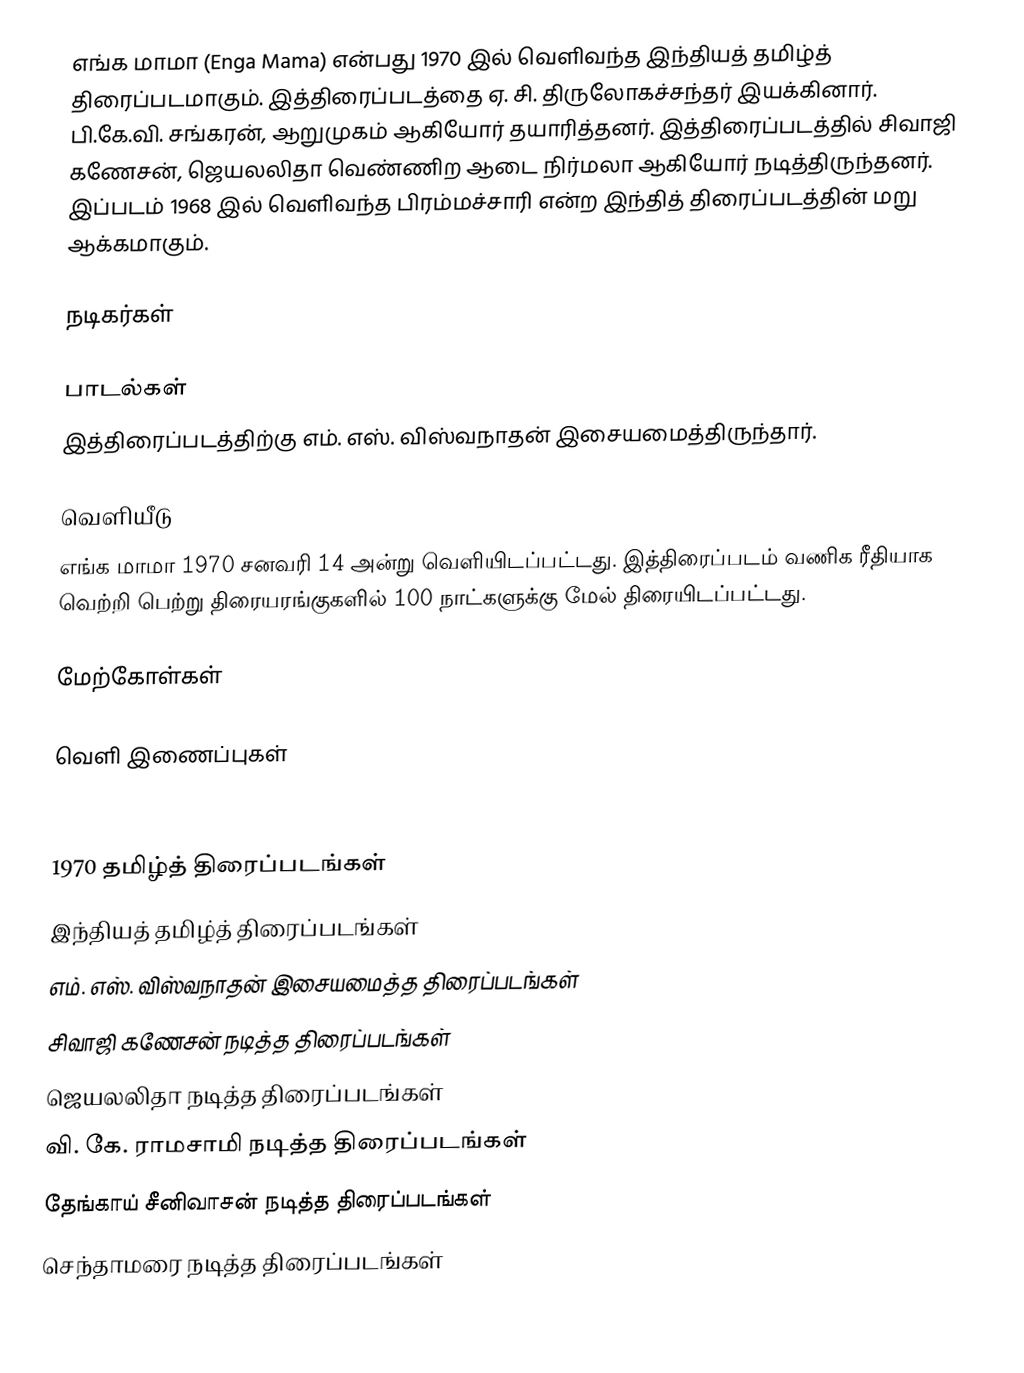
எங்க மாமா (Enga Mama) என்பது 1970 இல் வெளிவந்த இந்தியத் தமிழ்த் திரைப்படமாகும். இத்திரைப்படத்தை ஏ. சி. திருலோகச்சந்தர் இயக்கினார்.  பி.கே.வி. சங்கரன், ஆறுமுகம் ஆகியோர் தயாரித்தனர். இத்திரைப்படத்தில் சிவாஜி கணேசன், ஜெயலலிதா வெண்ணிற ஆடை நிர்மலா ஆகியோர் நடித்திருந்தனர். இப்படம் 1968 இல் வெளிவந்த பிரம்மச்சாரி என்ற இந்தித் திரைப்படத்தின் மறு ஆக்கமாகும்.

நடிகர்கள்

பாடல்கள்
இத்திரைப்படத்திற்கு எம். எஸ். விஸ்வநாதன் இசையமைத்திருந்தார்.

வெளியீடு
எங்க மாமா 1970 சனவரி 14 அன்று வெளியிடப்பட்டது. இத்திரைப்படம் வணிக ரீதியாக வெற்றி பெற்று திரையரங்குகளில் 100 நாட்களுக்கு மேல் திரையிடப்பட்டது.

மேற்கோள்கள்

வெளி இணைப்புகள்

1970 தமிழ்த் திரைப்படங்கள்
இந்தியத் தமிழ்த் திரைப்படங்கள்
எம். எஸ். விஸ்வநாதன் இசையமைத்த திரைப்படங்கள்
சிவாஜி கணேசன் நடித்த திரைப்படங்கள்
ஜெயலலிதா நடித்த திரைப்படங்கள்
வி. கே. ராமசாமி நடித்த திரைப்படங்கள்
தேங்காய் சீனிவாசன் நடித்த திரைப்படங்கள்
செந்தாமரை நடித்த திரைப்படங்கள்